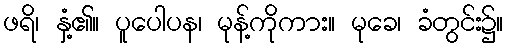
ဖရိ၊ နှံ့၏။ ပူပေါပန၊ မုန့်ကိုကား။ မုခေ၊ ခံတွင်း၌။